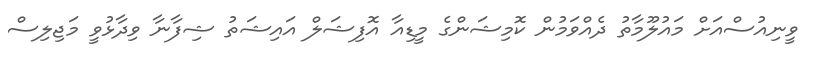
ވީނިއުސްއަށް މައުލޫމާތު ދެއްވަމުން ކޮމިޝަންގެ މީޑިއާ އޮފިޝަލް އައިޝަތު ޝިފާނާ ވިދާޅުވީ މަޖިލިސް